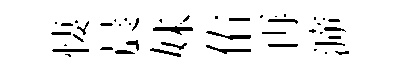
悽晨妹佑再㴑